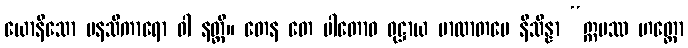
ယောနိသော မနသိကာရော ဝါ နတ္ထိ။ တေန တေ ပါတောဝ ဝုဋ္ဌာယ ဗာလာတပေ နိသိန္နာ “ဣမဿ ဟတ္ထော